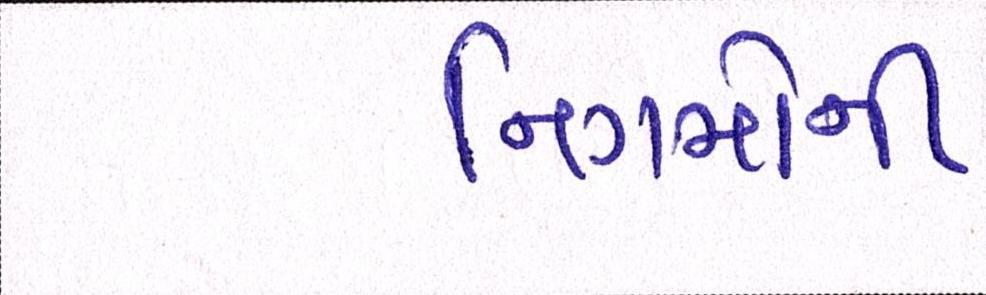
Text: નિગમોની